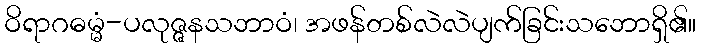
ဝိရာဂဓမ္မံ-ပလုဇ္ဇနသဘာဝံ၊ အဖန်တစ်လဲလဲပျက်ခြင်းသဘောရှိ၏။